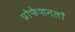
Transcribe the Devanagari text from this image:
प्रोफेशनलों